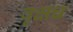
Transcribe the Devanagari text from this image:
वृक्षच